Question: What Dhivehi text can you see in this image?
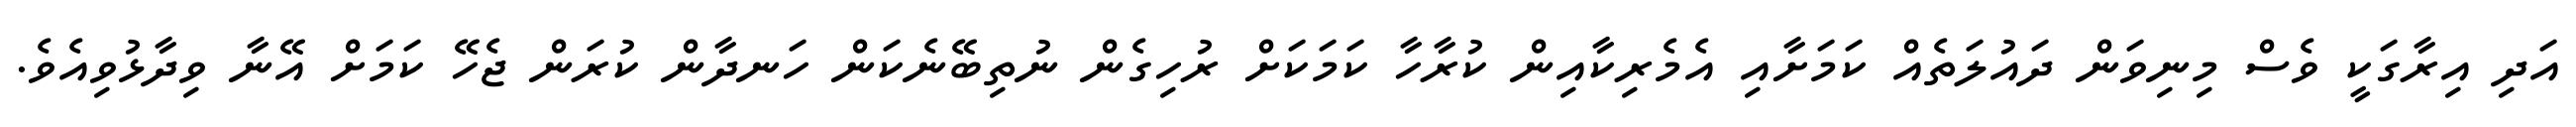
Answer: އަދި އިރާގަކީ ވެސް މިނިވަން ދައުލަތެއް ކަމަށާއި އެމެރިކާއިން ކުރާހާ ކަމަކަށް ރުހިގެން ނުތިބޭނެކަން ހަނދާން ކުރަން ޖެހޭ ކަމަށް އޭނާ ވިދާޅުވިއެވެ.